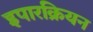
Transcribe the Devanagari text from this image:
इपारक्रियन